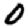
Digit: 0